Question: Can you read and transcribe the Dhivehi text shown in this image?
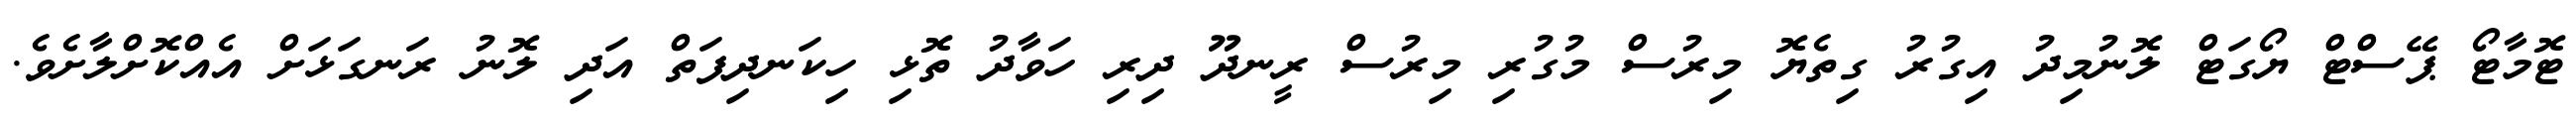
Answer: ޓޮމާޓޯ ޕޭސްޓް ޔޯގަޓް ލޮނުމިދު އިގުރު ގިތެޔޮ މިރުސް މުގުރި މިރުސް ރީނދޫ ދިރި ހަވާދު ތޮޅި ހިކަނދިފަތް އަދި ލޮނު ރަނގަޅަށް އެއްކޮށްލާށެވެ.